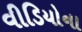
વીડિયોના